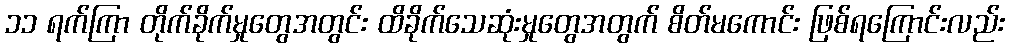
၁၁ ရက်ကြာ တိုက်ခိုက်မှုတွေအတွင်း ထိခိုက်သေဆုံးမှုတွေအတွက် စိတ်မကောင်း ဖြစ်ရကြောင်းလည်း